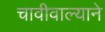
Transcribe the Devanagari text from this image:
चावीवाल्याने